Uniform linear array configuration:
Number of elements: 16
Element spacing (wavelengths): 0.25
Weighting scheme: uniform
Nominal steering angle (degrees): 0
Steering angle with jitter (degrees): -0.7841
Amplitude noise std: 0.05
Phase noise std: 0.05

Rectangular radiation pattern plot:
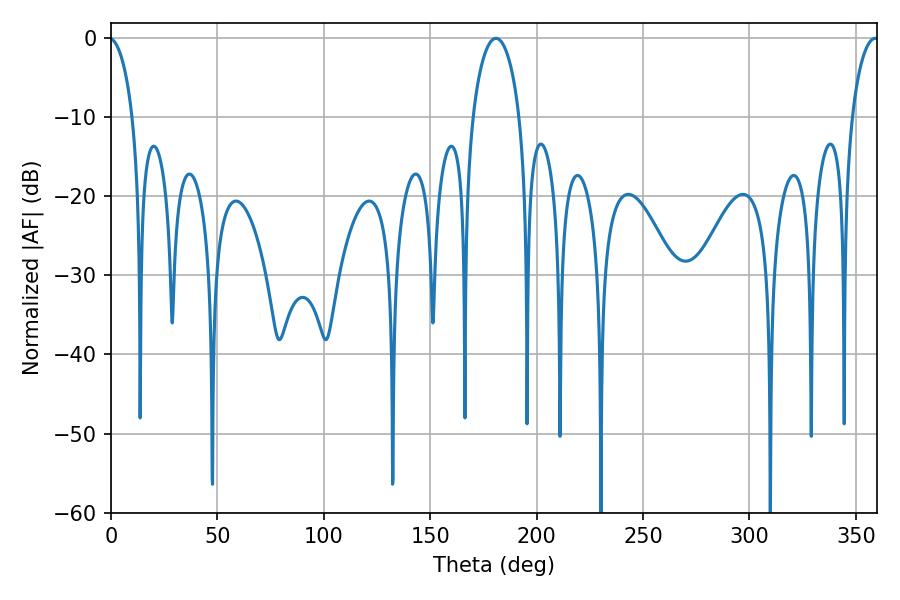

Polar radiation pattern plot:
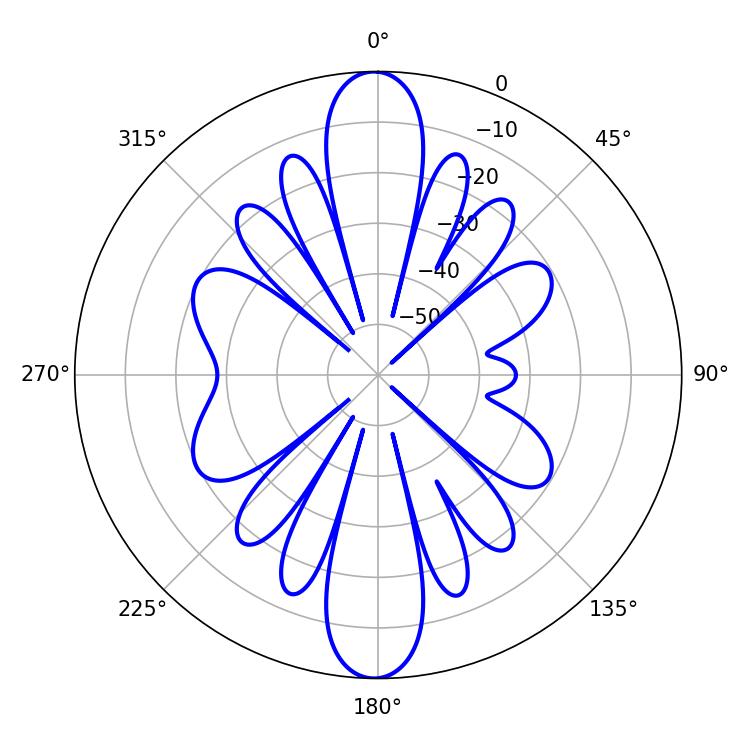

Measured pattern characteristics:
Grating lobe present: FALSE
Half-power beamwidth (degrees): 12.6
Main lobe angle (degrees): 180.9